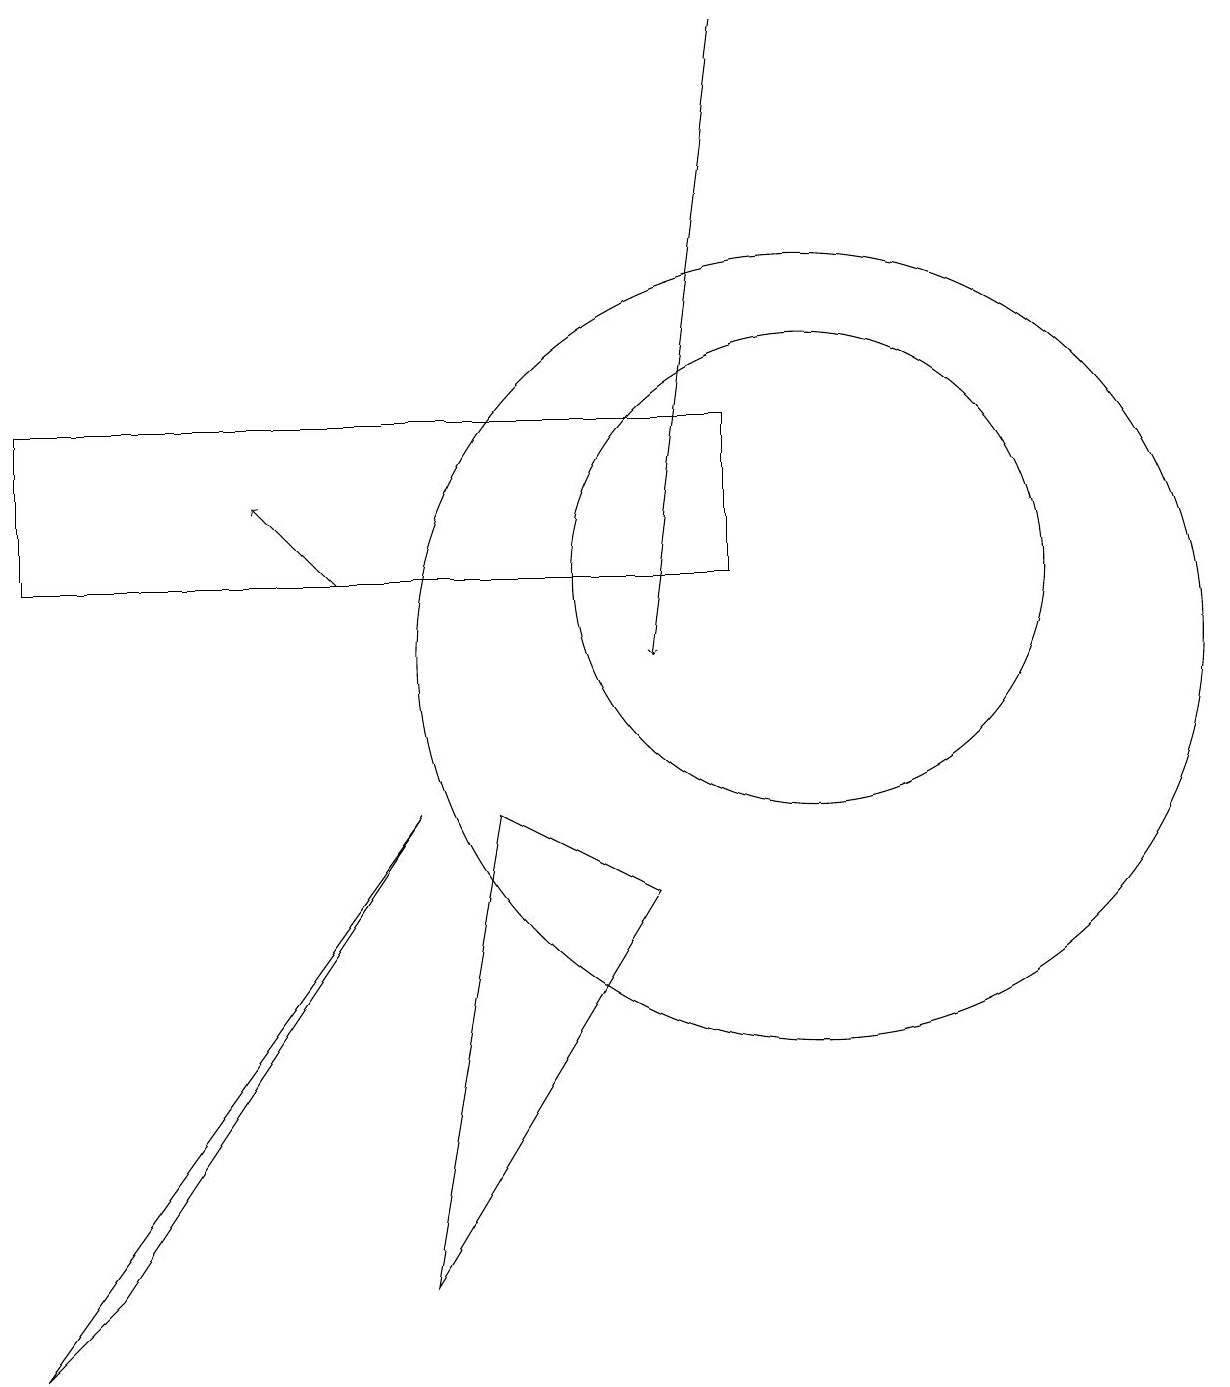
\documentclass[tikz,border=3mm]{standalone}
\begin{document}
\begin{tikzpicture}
\draw (8,7) -- (5,2) -- (6,8) -- cycle;
\draw[->] (4,11) -- (3,12);
\draw (0,13) rectangle (9,11);
\draw (10,10) circle (5);
\draw[->] (9,18) -- (8,10);
\draw (10,11) circle (3);
\draw (0,1) -- (1,2) -- (5,8) -- cycle;
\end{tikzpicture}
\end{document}